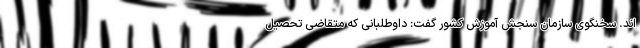
اند. سخنگوی سازمان سنجش آموزش کشور گفت: داوطلبانی که متقاضی تحصیل